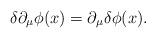
LaTeX: \begin{align*}\delta\partial_{\mu}\phi(x)=\partial_{\mu}\delta\phi(x).\end{align*}